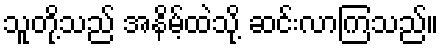
သူတို့သည် အနိမ့်ထဲသို့ ဆင်းလာကြသည်။